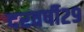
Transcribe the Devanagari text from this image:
दरवर्षी२९